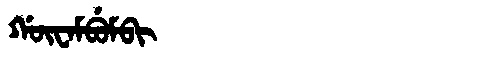
Manchu: ᡤᡡᠸᠠᠮᠪᡠᠮᠪᡳ
Romanization: GŪWAMBUMBI